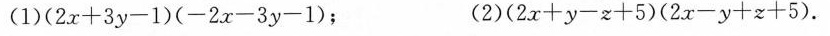
(1)$ $ ( 2 x + 3 y - 1 ) ( - 2 x - 3 y - 1 )$ $; (2)$ $( 2 x + y - z + 5 ) ( 2 x - y + z + 5 )$ $.